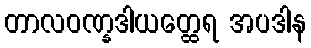
တာလဝဏ္နဒါယတ္ထေရ အပဒါန